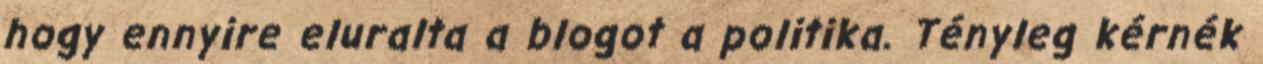
hogy ennyire eluralta a blogot a politika. Tényleg kérnék